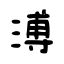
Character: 溥